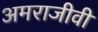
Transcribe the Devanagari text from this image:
अमराजीवी